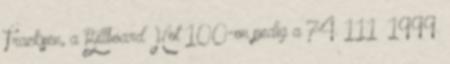
Tracksen, a Billboard Hot 100-on pedig a 74. 111 1999.